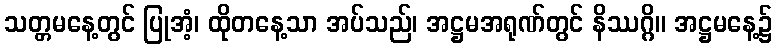
သတ္တမနေ့တွင် ပြုအံ့၊ ထိုတနေ့သာ အပ်သည်၊ အဋ္ဌမအရုဏ်တွင် နိဿဂ္ဂိ။ အဋ္ဌမနေ့၌